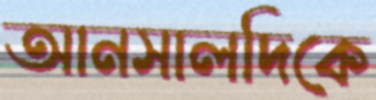
আনসালদিকে